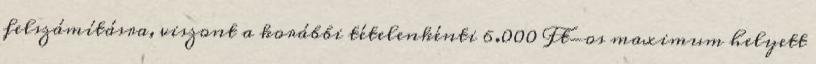
felszámításra, viszont a korábbi tételenkénti 6.000 Ft-os maximum helyett